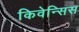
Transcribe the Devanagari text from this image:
किवेन्सिस